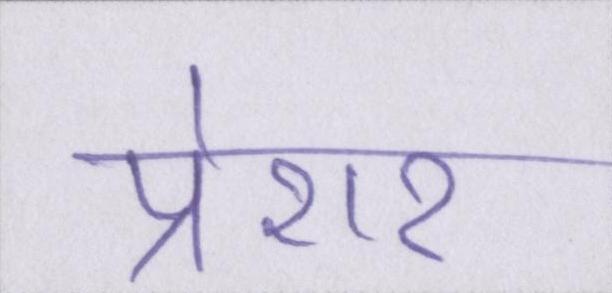
प्रेशर